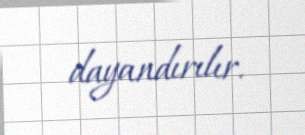
dayandırılır.